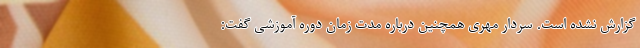
گزارش نشده است. سردار مهری همچنین درباره مدت زمان دوره آموزشی گفت: